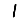
Digit: 1